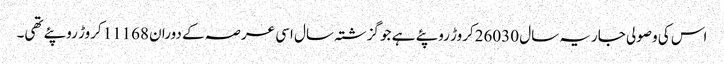
اس کی وصولی جاریہ سال 26030کروڑ روپئے ہے جو گزشتہ سال اسی عرصہ کے دوران 11168کروڑ روپئے تھی۔